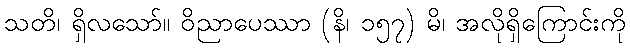
သတိ၊ ရှိလသော်။ ဝိညာပေဿာ (နိ၊ ၁၅၇) မိ၊ အလိုရှိကြောင်းကို